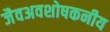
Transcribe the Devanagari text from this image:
जैवअवशोषकनीय